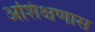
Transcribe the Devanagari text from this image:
अशिक्षणास